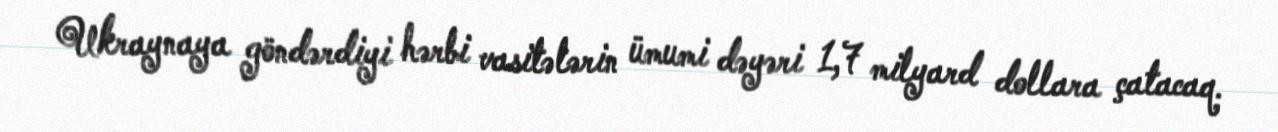
Ukraynaya göndərdiyi hərbi vasitələrin ümumi dəyəri 1,7 milyard dollara çatacaq.